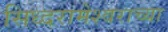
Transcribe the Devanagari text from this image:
सिध्दरामेश्वराच्या